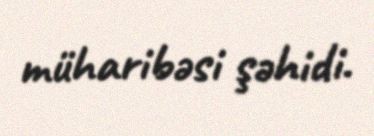
müharibəsi şəhidi.